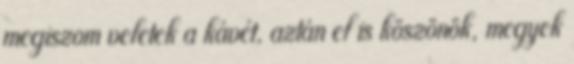
megiszom veletek a kávét, aztán el is köszönök, megyek